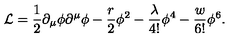
{ \cal L } = \frac { 1 } { 2 } \partial _ { \mu } \phi \partial ^ { \mu } \phi - \frac { r } { 2 } \phi ^ { 2 } - \frac { \lambda } { 4 ! } \phi ^ { 4 } - \frac { w } { 6 ! } \phi ^ { 6 } .